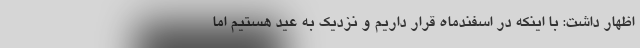
اظهار داشت: با اینکه در اسفندماه قرار داریم و نزدیک به عید هستیم اما